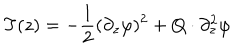
T ( z ) = - \frac 1 2 ( \partial _ { z } \varphi ) ^ { 2 } + Q \cdot \partial _ { z } ^ { 2 } \varphi